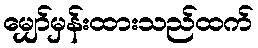
မျှော်မှန်းထားသည်ထက်